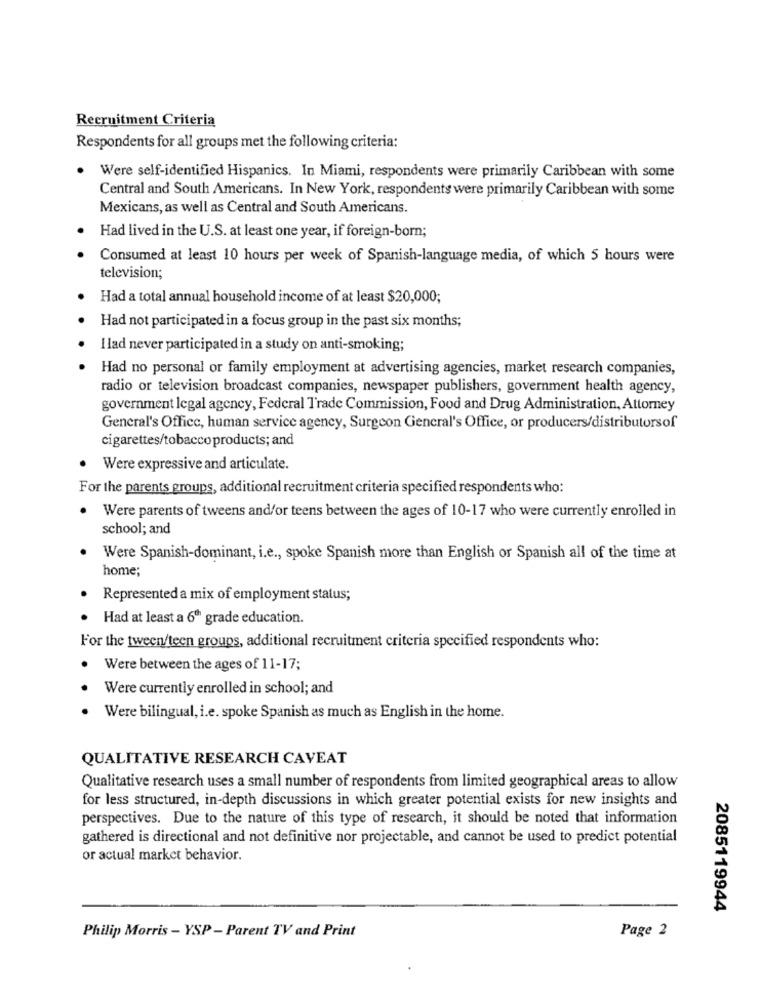
Recruitment Criteria
Respondents for all groups met the following criteria:
Were self-identified Hispanics. In Miami, respondents were primarily Caribbean with some
Central and South Americans. In New York, respondents were primarily Caribbean with some
Mexicans, as well as Central and South Americans.
Had lived in the U.S. at least one year, if foreign-born;
Consumed at least 10 hours per week of Spanish-language media, of which 5 hours were
television;
Had a total annual household income of at least $20,000;
Had not participated in a focus group in the past six months;
I lad never participated in a study on anti-smoking;
Had no personal or family employment at advertising agencies, market research companies,
radio or television broadcast companies, newspaper publishers, government health agency,
government legal agency, Federal Trade Commission, Food and Drug Administration, Attorney
General's Office, human service agency, Surgeon General's Office, or producers/distributorsof
cigarettes/tobacco products; and
Were expressive and articulate.
For the parents groups, additional recruitment criteria specified respondents who:
Were parents of tweens and/or teens between the ages of 10-17 who were currently enrolled in
school; and
Were Spanish-dominant, i.e ., spoke Spanish more than English or Spanish all of the time at
home;
Represented a mix of employment status;
Had at least a 6ª grade education.
For the tween/teen groups, additional recruitment criteria specified respondents who:
Were between the ages of 11-17;
Were currently enrolled in school; and
Were bilingual, i.e. spoke Spanish as much as English in the home.
QUALITATIVE RESEARCH CAVEAT
Qualitative research uses a small number of respondents from limited geographical areas to allow
for less structured, in-depth discussions in which greater potential exists for new insights and
perspectives. Due to the nature of this type of research, it should be noted that information
gathered is directional and not definitive nor projectable, and cannot be used to predict potential
or actual market behavior.
2085119944
Philip Morris - YSP - Parent TV and Print
Page 2